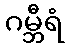
ဂမ္ဘီရံ